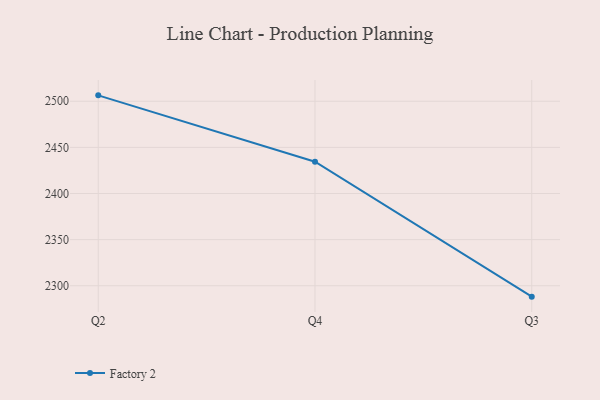
{"axis": {"x": "Quarter", "y": "Inventory Turnover"}, "legend": ["Factory 2"], "data": [{"x": "Q2", "y": 2506.4, "type": "Factory 2"}, {"x": "Q4", "y": 2434.5, "type": "Factory 2"}, {"x": "Q3", "y": 2288.2, "type": "Factory 2"}]}